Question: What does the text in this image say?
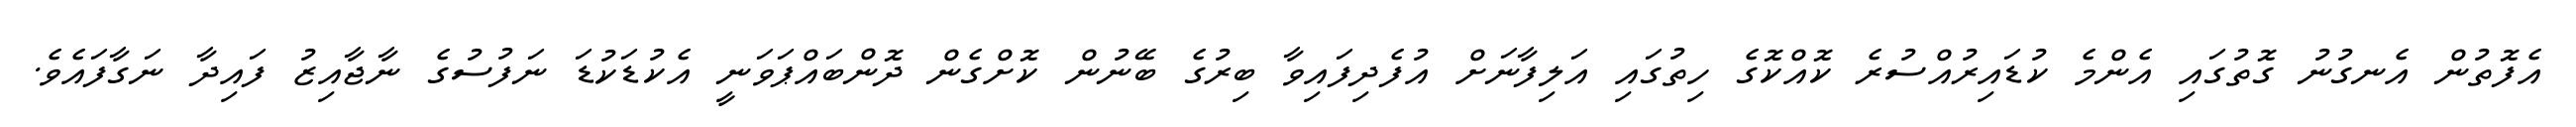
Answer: އެފޮތުން އެނގުނު ގޮތުގައި އެންމެ ކުޑައިރުއްސުރެ ކޮއްކޮގެ ހިތުގައި އަލިފާނަށް އުފެދިފައިވާ ބިރުގެ ބޭނުން ކޮށްގެން ދޮންބައްޕަވަނީ އެކުޑަކުޑަ ނަފުސުގެ ނާޖާއިޒު ފައިދާ ނަގާފައެވެ.